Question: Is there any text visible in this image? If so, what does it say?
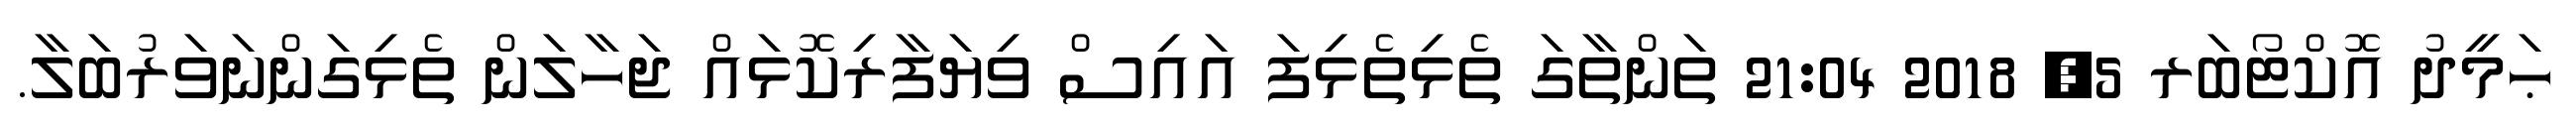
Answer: ޙަމީދު އޮކްޓޯބަރ 5, 2018 21:04 ތަންތާގަ ތެޅިތެޅިފަ އައިސް ވިޔަފާރިކޮޅައް ޖަހާލަން ތެޅިގަންނަވަރުބަލާ.